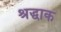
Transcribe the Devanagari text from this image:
श्रद्धाक